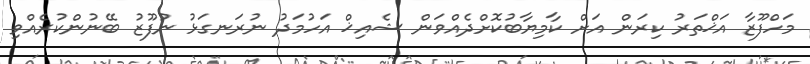
މަހްފޫޒާ އަޚްތަރު ކިރަން އަށް ކާމިޔާބުކޮށްދެއްވަން ޝެއިޚް އަހުމަދު ނުރަނގަޅު ނުފޫޒު ބޭނުންކުރެއްވި